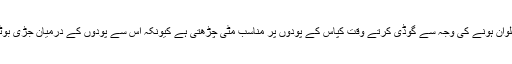
انہوںنے بتایاکہ فردکی سائیڈ کم گہری اور زیادہ ڈھلوان ہونے کی وجہ سے گوڈی کرتے وقت کپاس کے پودوں پر مناسب مٹی چڑھتی ہے کیونکہ اس سے پودوں کے درمیان جڑی بوٹیاں دب جاتی ہیں اور پودے آندھی سے نہیں گرتے۔